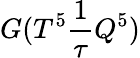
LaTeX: G(T^{5}\frac{1}{\tau}Q^{5})